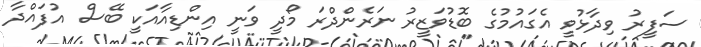
ސަފީރު ވިދާޅުވީ އެގައުމުގެ ބޮޑުވަޒީރު ނަރެންދްރަ މޯދީ ވަނީ އިންޑިއާއަކީ ބޭސް އުފައްދާ